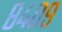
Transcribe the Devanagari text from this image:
८४०९